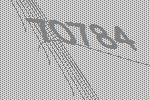
70784